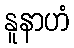
နူနာဟံ